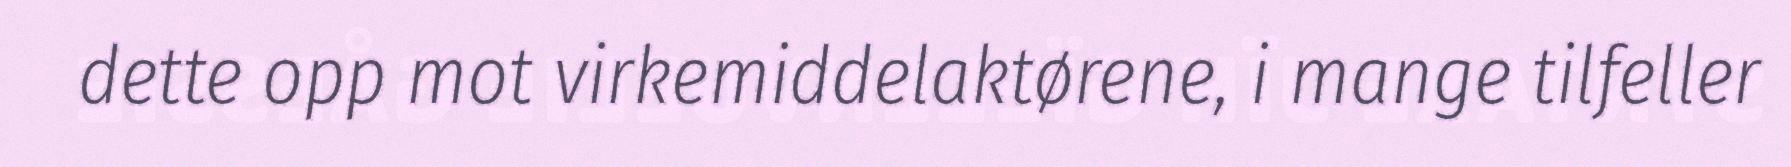
dette opp mot virkemiddelaktørene, i mange tilfeller